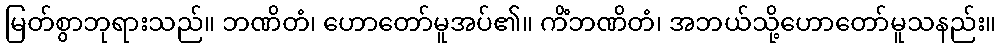
မြတ်စွာဘုရားသည်။ ဘဏိတံ၊ ဟောတော်မူအပ်၏။ ကိံဘဏိတံ၊ အဘယ်သို့ဟောတော်မူသနည်း။